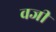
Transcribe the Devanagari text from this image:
वजी